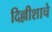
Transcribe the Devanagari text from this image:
दिल्लीशाचे